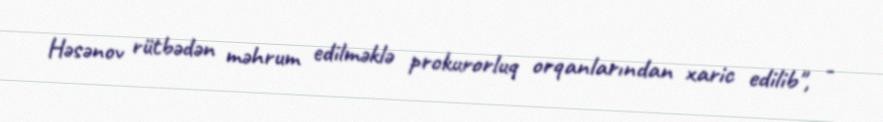
Həsənov rütbədən məhrum edilməklə prokurorluq orqanlarından xaric edilib", -